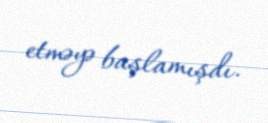
etməyə başlamışdı.